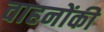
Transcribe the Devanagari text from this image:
वाहनोंकी